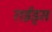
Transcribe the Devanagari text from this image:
राईड्स